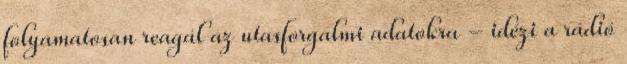
folyamatosan reagál az utasforgalmi adatokra - idézi a rádió